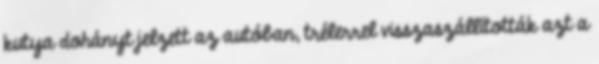
kutya dohányt jelzett az autóban, trélerrel visszaszállították azt a